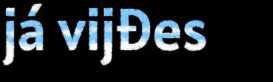
já vijđes